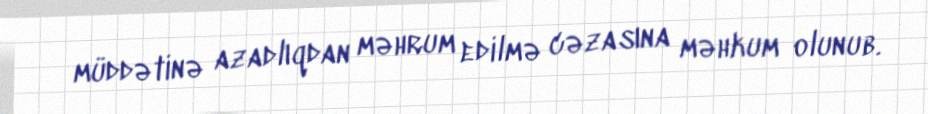
müddətinə azadlıqdan məhrum edilmə cəzasına məhkum olunub.